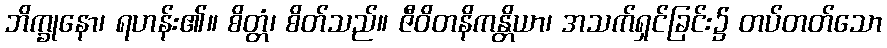
ဘိက္ခုနော၊ ရဟန်း၏။ စိတ္တံ၊ စိတ်သည်။ ဇီဝိတနိကန္တိယာ၊ အသက်ရှင်ခြင်း၌ တပ်တတ်သော